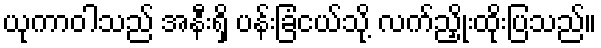
ယုကာဝါသည် အနီးရှိ ပန်းခြံငယ်သို့ လက်ညှိုးထိုးပြသည်။